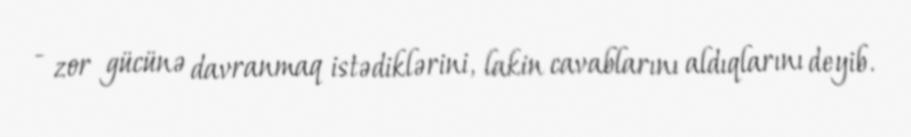
- zor gücünə davranmaq istədiklərini, lakin cavablarını aldıqlarını deyib.